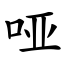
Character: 哑